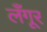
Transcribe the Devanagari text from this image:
लँगूर